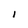
Character: I